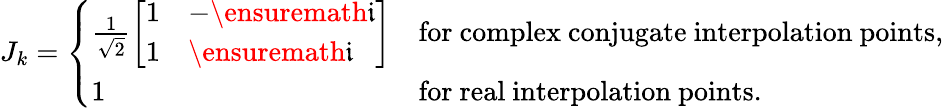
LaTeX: J_{k}=\left\{ \begin{array}{ll}{\frac{1}{\sqrt{2}}\left[\begin{array}{ll}{1}&{-\ensuremath{\mathfrak{i}}}\\ {1}&{\ensuremath{\mathfrak{i}}}\end{array}\right]}&{\mathrm{for~complex~conjugate~interpolation~points,}}\\ {1}&{\mathrm{for~real~interpolation~points.}}\end{array}\right.